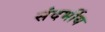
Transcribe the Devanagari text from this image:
संदर्भीय